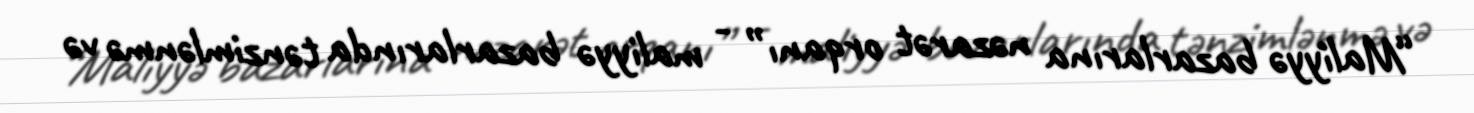
“Maliyyə bazarlarına nəzarət orqanı” - maliyyə bazarlarında tənzimlənmə və